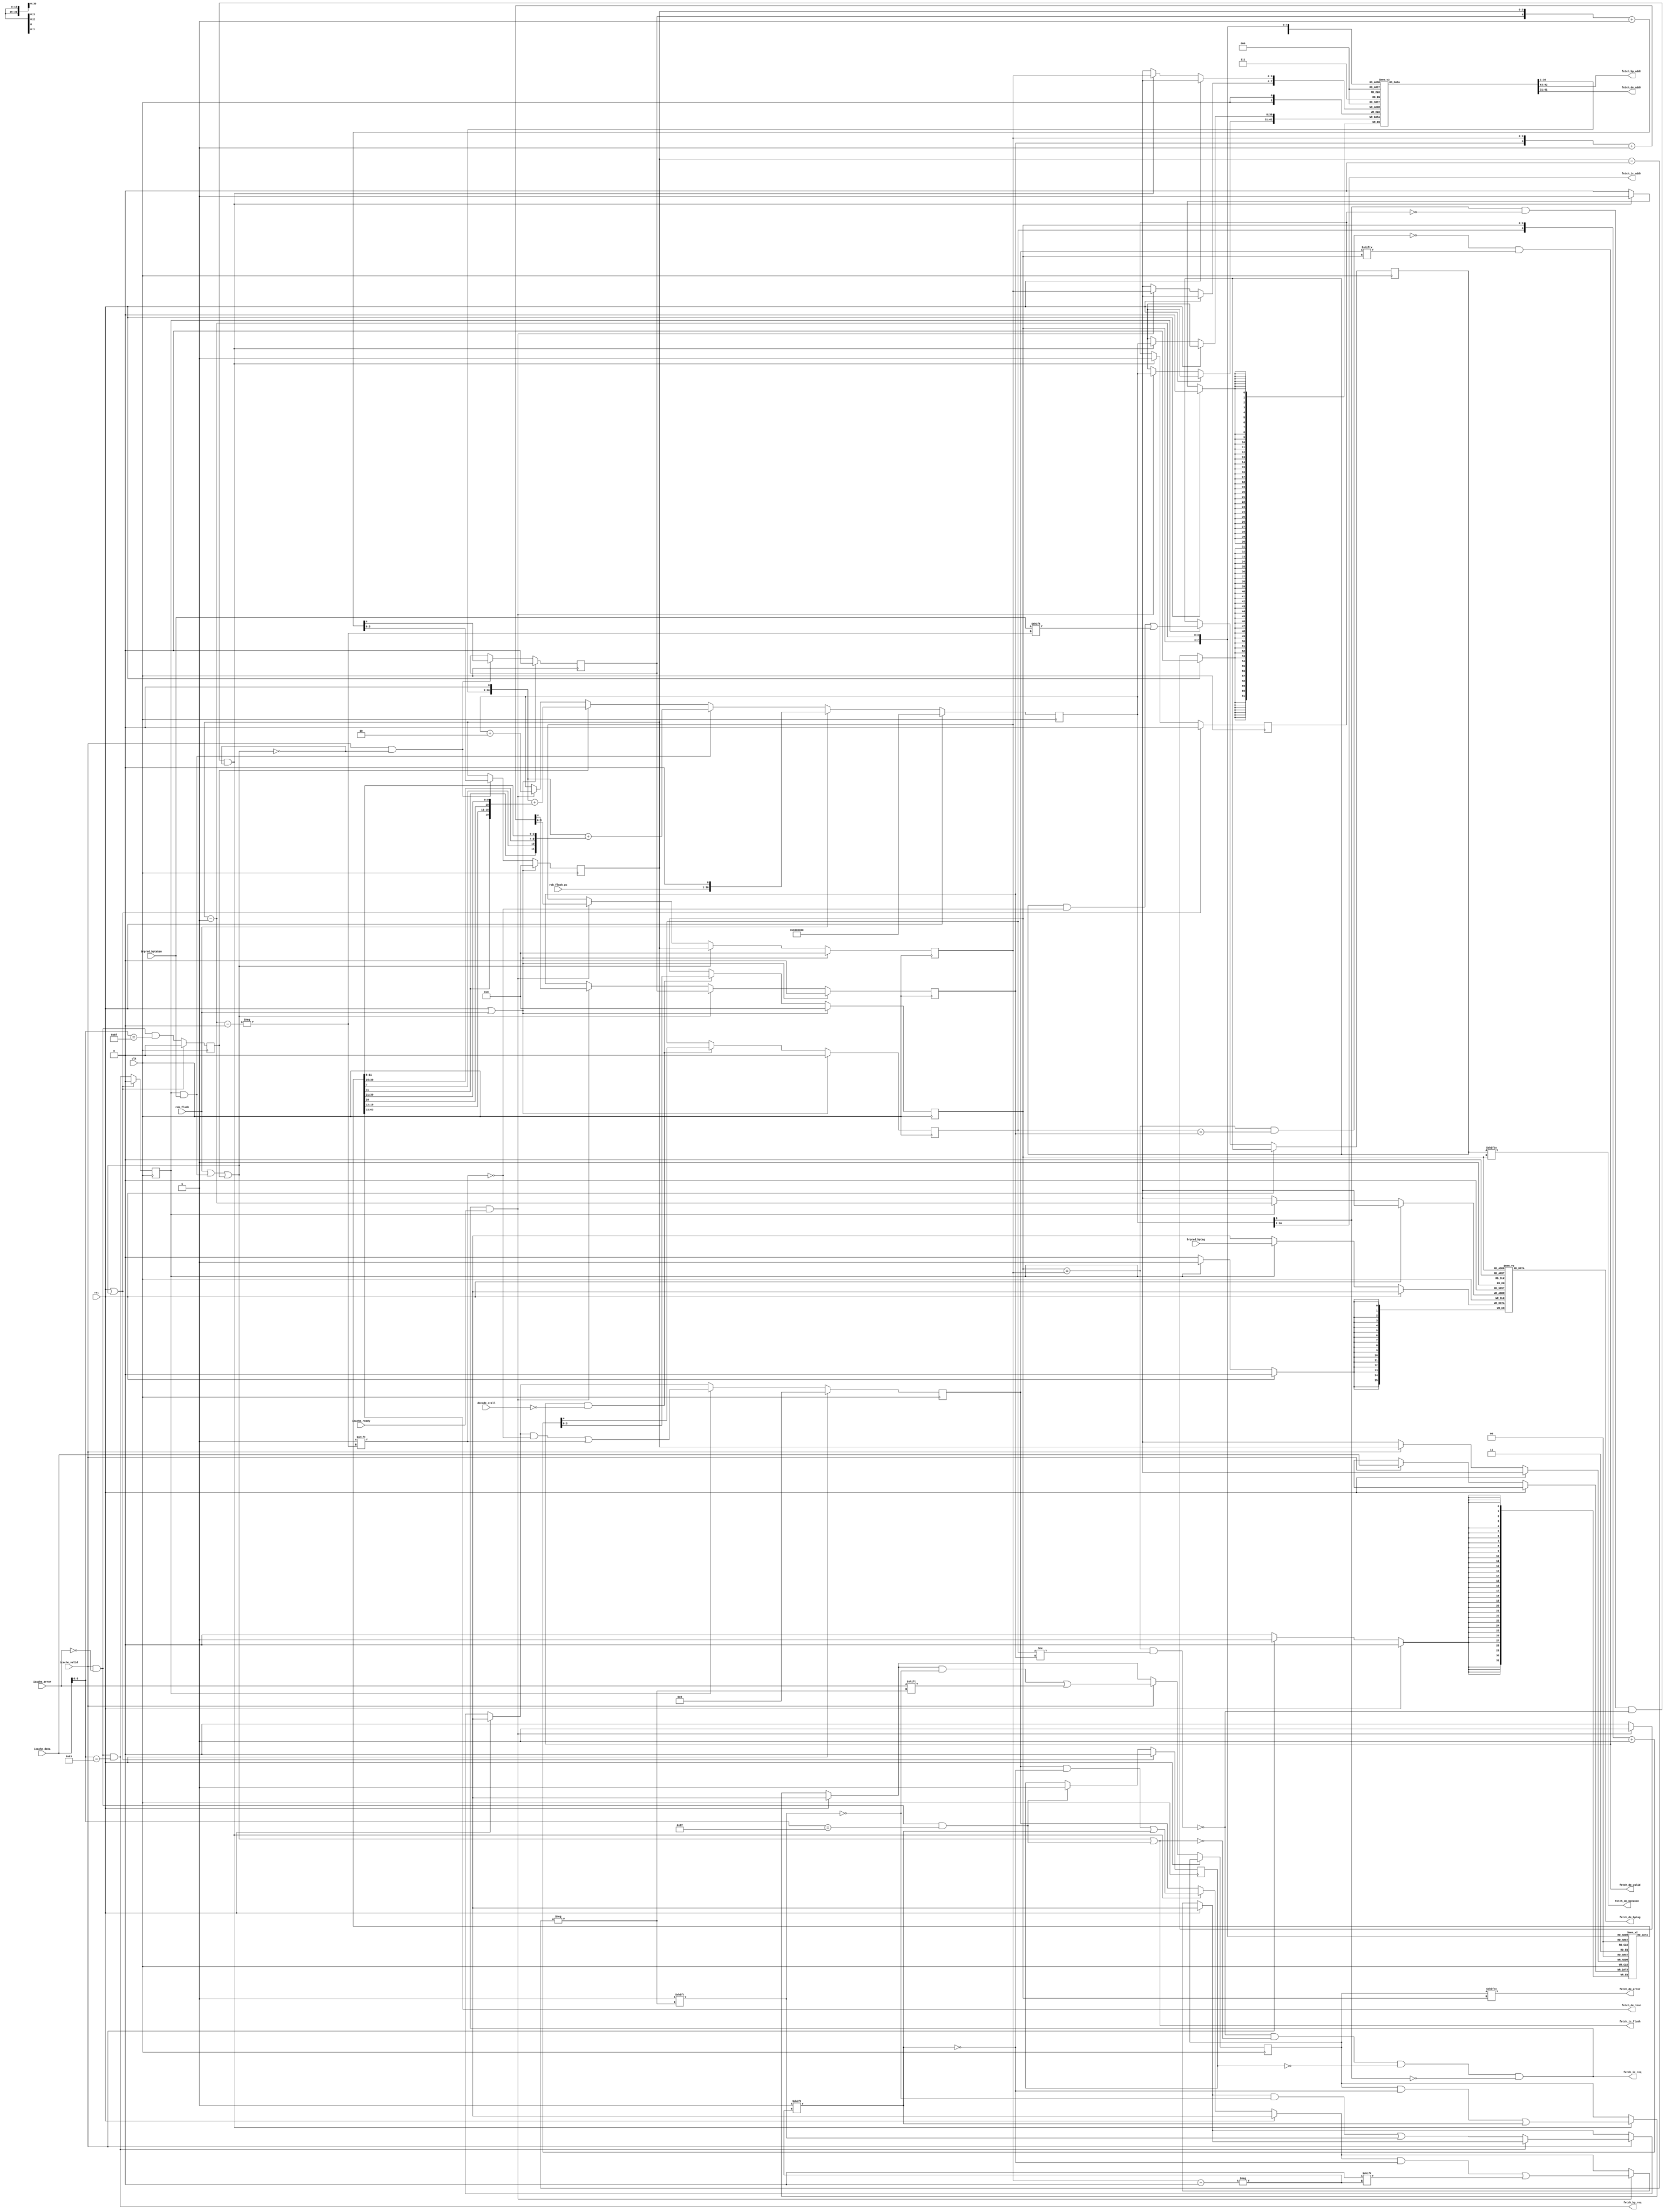
// instruction fetch unit
module fetch(
  input         clk,
  input         rst,

  // icache interface
  output        fetch_ic_req,
  output [31:2] fetch_ic_addr,
  output        fetch_ic_flush,
  input         icache_ready,
  input         icache_valid,
  input         icache_error,
  input [31:0]  icache_data,

  // brpred interface
  output        fetch_bp_req,
  output [31:2] fetch_bp_addr,
  input [15:0]  brpred_bptag,
  input         brpred_bptaken,

  // decode interface
  output        fetch_de_valid,
  output        fetch_de_error,
  output [31:1] fetch_de_addr,
  output [31:0] fetch_de_insn,
  output [15:0] fetch_de_bptag,
  output        fetch_de_bptaken,
  input         decode_stall,

  // rob interface
  input         rob_flush,
  input [31:2]  rob_flush_pc);

  reg [31:1] pc;

  reg [15:0] buf_valid;
  reg [15:0] buf_error;
  reg [31:1] buf_addr [0:15];
  reg [31:0] buf_insn [0:15];
  reg [15:0] buf_bptag [0:15];
  reg [15:0] buf_bptaken;

  // buf_tail advanced upon issuing icache requests
  // buf_mid advanced upon receiving icache responses
  // buf_head advanced upon sending insns to decode
  // *_pol used to distinguish between empty and full conditions
  reg [3:0]  buf_head, buf_mid, buf_tail;
  reg        buf_head_pol, buf_mid_pol, buf_tail_pol;

  reg        bp_req_r;
  reg        insn_jal_r;
  reg        jalr_halt_r;
  reg        misalign_err_r;

  /*verilator lint_off WIDTH*/
  // br/jal target computation
  function [31:1] br_target(
    input [31:2] base,
    input [31:0] insn);
    br_target = $signed({base,1'b0}) + $signed({insn[31],insn[7],insn[30:25],insn[11:8]});
  endfunction

  function [31:1] jal_target(
    input [31:2] base,
    input [31:0] insn);
    jal_target = $signed({base,1'b0}) + $signed({insn[31],insn[19:12],insn[20],insn[30:21]});
  endfunction
  /*verilator lint_on WIDTH*/

  // derived signals
  wire buf_empty, buf_full;
  assign buf_empty = (buf_head == buf_tail) & (buf_head_pol == buf_tail_pol);
  assign buf_full  = (buf_head == buf_tail) & (buf_head_pol != buf_tail_pol);

  wire [3:0] buf_mid_prev;
  assign buf_mid_prev = buf_mid - 1;

  wire icache_beat;
  assign icache_beat = fetch_ic_req & icache_ready;

  wire decode_beat;
  assign decode_beat = fetch_de_valid & ~decode_stall;

  wire insn_br, insn_jal, insn_jalr;
  assign insn_br   = icache_valid & ~icache_error & (icache_data[6:0] == 7'b1100011);
  assign insn_jal  = icache_valid & ~icache_error & (icache_data[6:0] == 7'b1101111);
  assign insn_jalr = icache_valid & ~icache_error & (icache_data[6:0] == 7'b1100111);

  wire br_taken;
  assign br_taken = bp_req_r & brpred_bptaken;

  wire setpc;
  assign setpc = rob_flush | br_taken | insn_jal_r;

  wire pc_misaligned;
  assign pc_misaligned = pc[1];

  wire gen_misalign_err;
  assign gen_misalign_err = pc_misaligned & ~misalign_err_r & ~buf_full & ~setpc;

  // fetch interface
  assign fetch_ic_req = ~buf_full & ~fetch_ic_flush & ~jalr_halt_r & ~pc_misaligned;
  assign fetch_ic_addr = pc[31:2];
  assign fetch_ic_flush = setpc | insn_jalr;

  // brpred interface
  assign fetch_bp_req = insn_br;
  assign fetch_bp_addr = buf_addr[buf_mid][31:2];

  // decode interface
  assign fetch_de_valid = ~buf_empty & buf_valid[buf_head];
  assign fetch_de_error = buf_error[buf_head];
  assign fetch_de_addr = buf_addr[buf_head];
  assign fetch_de_insn = buf_insn[buf_head];
  assign fetch_de_bptag = buf_bptag[buf_head];
  assign fetch_de_bptaken = buf_bptaken[buf_head];

  // pc
  always @(posedge clk)
    if(rst)
      pc <= 31'h08000000;
    else if(rob_flush)
      pc <= {rob_flush_pc,1'b0};
    else if(br_taken)
      pc <= br_target(buf_addr[buf_mid_prev][31:2], buf_insn[buf_mid_prev]);
    else if(insn_jal_r)
      pc <= jal_target(buf_addr[buf_mid_prev][31:2], buf_insn[buf_mid_prev]);
    else if(icache_beat)
      pc <= pc + 2;

  // buf_tail
  always @(posedge clk)
    if(rst | rob_flush) begin
      buf_tail <= 0;
      buf_tail_pol <= 0;
    end else if(setpc) begin
      buf_tail <= buf_mid;
      buf_tail_pol <= buf_mid_pol;
    end else if(icache_beat)
      {buf_tail_pol,buf_tail} <= {buf_tail_pol,buf_tail} + 1;

  // buf_mid
  always @(posedge clk)
    if(rst | rob_flush) begin
      buf_mid <= 0;
      buf_mid_pol <= 0;
    end else if(icache_valid & ~setpc)
      {buf_mid_pol,buf_mid} <= {buf_mid_pol,buf_mid} + 1;

  // buf_head
  always @(posedge clk)
    if(rst | rob_flush) begin
      buf_head <= 0;
      buf_head_pol <= 0;
    end else if(decode_beat)
      {buf_head_pol,buf_head} <= {buf_head_pol,buf_head} + 1;

  // buf
  always @(posedge clk)
    if(rst)
      buf_valid <= 0;
    else begin
      if(gen_misalign_err) begin
        buf_valid[buf_tail] <= 1;
        buf_error[buf_tail] <= 1;
        buf_addr[buf_tail] <= pc;
      end

      if(icache_beat) begin
        buf_valid[buf_tail] <= 0;
        buf_addr[buf_tail] <= pc;
      end

      if(icache_valid) begin
        if(~fetch_bp_req)
          buf_valid[buf_mid] <= 1;
        buf_error[buf_mid] <= icache_error;
        buf_insn[buf_mid] <= icache_data;
      end

      if(bp_req_r) begin
        buf_valid[buf_mid_prev] <= 1;
        buf_bptag[buf_mid_prev] <= brpred_bptag;
        buf_bptaken[buf_mid_prev] <= brpred_bptaken;
      end
    end

  // bp_req_r
  always @(posedge clk)
    if(rst | setpc)
      bp_req_r <= 0;
    else
      bp_req_r <= fetch_bp_req;

  // insn_jal_r
  always @(posedge clk)
    if(rst | setpc)
      insn_jal_r <= 0;
    else
      insn_jal_r <= insn_jal;

  // jalr_halt_r
  always @(posedge clk)
    if(rst | setpc)
      jalr_halt_r <= 0;
    else if(insn_jalr)
      jalr_halt_r <= 1;

  // misalign_err_r
  always @(posedge clk)
    if(rst | setpc)
      misalign_err_r <= 0;
    else if(gen_misalign_err)
      misalign_err_r <= 1;

endmodule